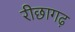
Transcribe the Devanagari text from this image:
रीछागढ़